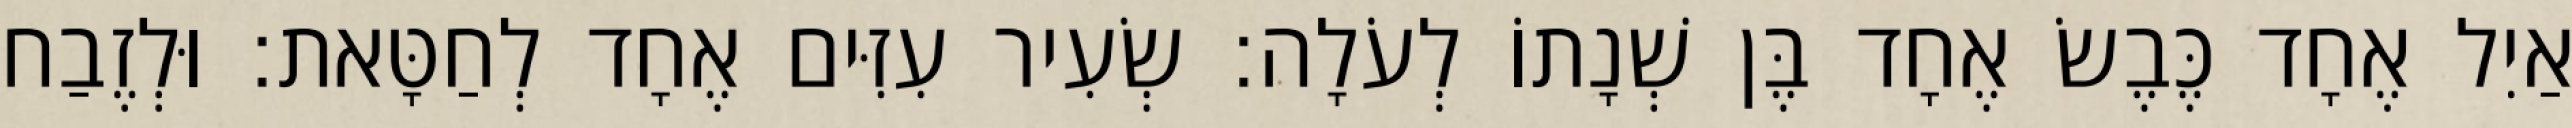
אַיִל אֶחָד כֶּבֶשׂ אֶחָד בֶּן שְׁנָתוֹ לְעֹלָה׃ שְׂעִיר עִזִּים אֶחָד לְחַטָּאת׃ וּלְזֶבַח